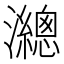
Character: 𤄋